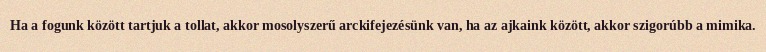
Ha a fogunk között tartjuk a tollat, akkor mosolyszerű arckifejezésünk van, ha az ajkaink között, akkor szigorúbb a mimika.